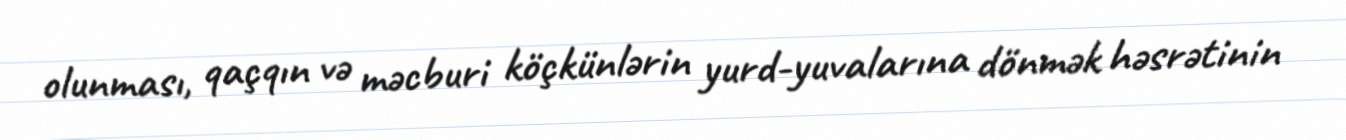
olunması, qaçqın və məcburi köçkünlərin yurd-yuvalarına dönmək həsrətinin